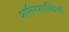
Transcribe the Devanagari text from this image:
शरीरशास्त्रियों